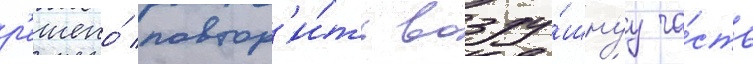
р'ешено́ повтор'и́ть возду́шнуу ча́сть